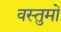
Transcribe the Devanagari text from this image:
वस्तुमों